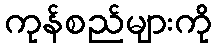
ကုန်စည်များကို